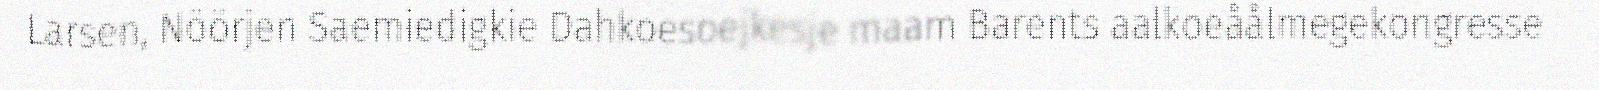
Larsen, Nöörjen Saemiedigkie Dahkoesoejkesje maam Barents aalkoeåålmegekongresse